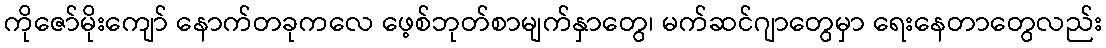
ကိုဇော်မိုးကျော် နောက်တခုကလေ ဖေ့စ်ဘုတ်စာမျက်နှာတွေ၊ မက်ဆင်ဂျာတွေမှာ ရေးနေတာတွေလည်း